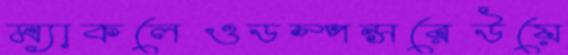
ম্যাকলেওডস্পন্সরেউয়ে